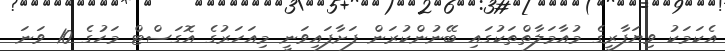
އެކަމަކު ވިޔަފާރީގެ މުއާމަލާތްތަކުގައި ބޭނުންކުރަން ފަށާފައިވަނީ މިއަހަރުގެ އޮގަސްޓް މަހުގެ 10 ވަނަ